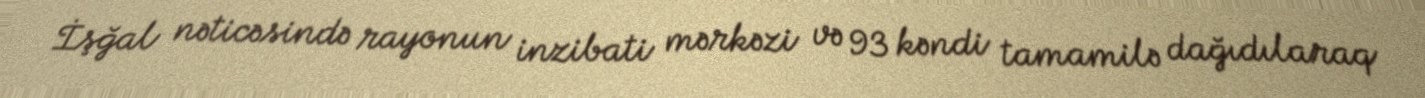
İşğal nəticəsində rayonun inzibati mərkəzi və 93 kəndi tamamilə dağıdılaraq